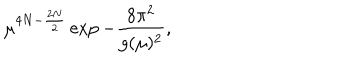
\mu ^ { 4 N - \frac { 2 N } { 2 } } \exp - \frac { 8 \pi ^ { 2 } } { g ( \mu ) ^ { 2 } } ,